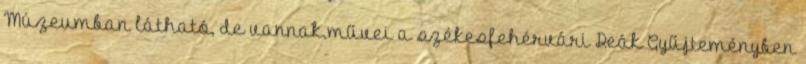
Múzeumban látható, de vannak művei a székesfehérvári Deák Gyűjteményben